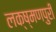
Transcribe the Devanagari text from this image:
लक्ष्मणपुरी